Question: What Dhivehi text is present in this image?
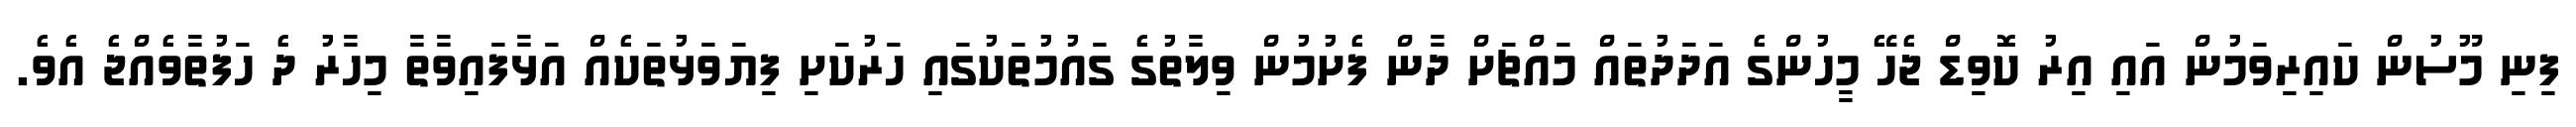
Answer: ފިނި މޫސުން ކައިރިވަމުން އައި އިރު ކޮވިޑް ޖެހޭ މީހުންގެ އަދަދުތައް މައްޗަށް ދާން ފެށުމުން ވިލާތުގެ ގައުމުތަކުގައި ހަރުކަށި ފިޔަވަޅުތަކެއް އަޅާފައިވާތާ މިހާރު ދެ ހަފުތާވެއްޖެ އެވެ.